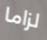
لزاما